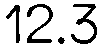
12.3